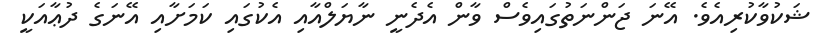
ޝަކުވާކުރިއެވެ. އޭނަ ޖަންނަތުގައިވެސް ވާން އެދެނީ ނާޔަލްއާއި އެކުގައި ކަމަށާއި އޭނަގެ ދުޢާއަކީ